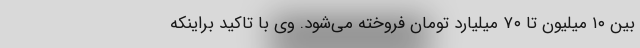
بین ۱۰ میلیون تا ۷۰ میلیارد تومان فروخته می‌شود. وی با تاکید براینکه